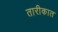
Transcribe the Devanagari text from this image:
तारीकात